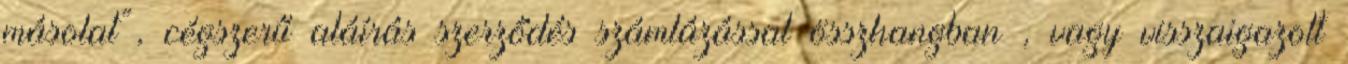
másolat”, cégszerű aláírás szerződés számlázással összhangban , vagy visszaigazolt